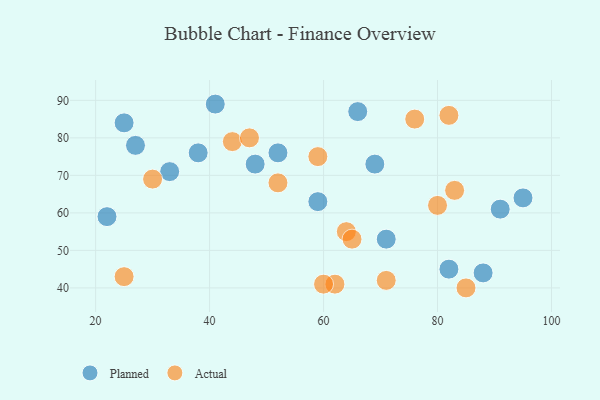
{"axis": {"x": "GDP", "y": "Life Expectancy"}, "legend": ["Actual", "Planned"], "data": [{"x": "66", "y": 87, "type": "Planned"}, {"x": "38", "y": 76, "type": "Planned"}, {"x": "95", "y": 64, "type": "Planned"}, {"x": "88", "y": 44, "type": "Planned"}, {"x": "25", "y": 84, "type": "Planned"}, {"x": "69", "y": 73, "type": "Planned"}, {"x": "22", "y": 59, "type": "Planned"}, {"x": "41", "y": 89, "type": "Planned"}, {"x": "27", "y": 78, "type": "Planned"}, {"x": "82", "y": 45, "type": "Planned"}, {"x": "91", "y": 61, "type": "Planned"}, {"x": "71", "y": 53, "type": "Planned"}, {"x": "59", "y": 63, "type": "Planned"}, {"x": "33", "y": 71, "type": "Planned"}, {"x": "52", "y": 76, "type": "Planned"}, {"x": "48", "y": 73, "type": "Planned"}, {"x": "30", "y": 69, "type": "Actual"}, {"x": "25", "y": 43, "type": "Actual"}, {"x": "82", "y": 86, "type": "Actual"}, {"x": "52", "y": 68, "type": "Actual"}, {"x": "71", "y": 42, "type": "Actual"}, {"x": "76", "y": 85, "type": "Actual"}, {"x": "64", "y": 55, "type": "Actual"}, {"x": "59", "y": 75, "type": "Actual"}, {"x": "80", "y": 62, "type": "Actual"}, {"x": "44", "y": 79, "type": "Actual"}, {"x": "62", "y": 41, "type": "Actual"}, {"x": "47", "y": 80, "type": "Actual"}, {"x": "65", "y": 53, "type": "Actual"}, {"x": "60", "y": 41, "type": "Actual"}, {"x": "85", "y": 40, "type": "Actual"}, {"x": "83", "y": 66, "type": "Actual"}]}